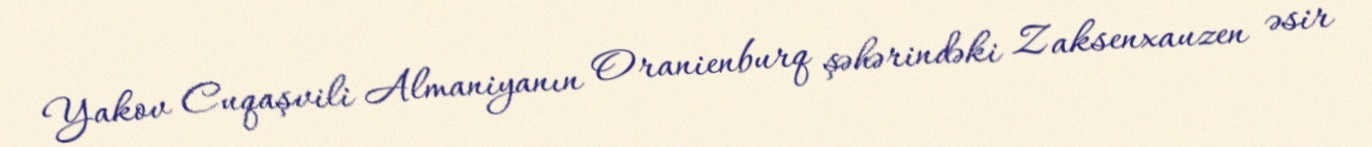
Yakov Cuqaşvili Almaniyanın Oranienburq şəhərindəki Zaksenxauzen əsir